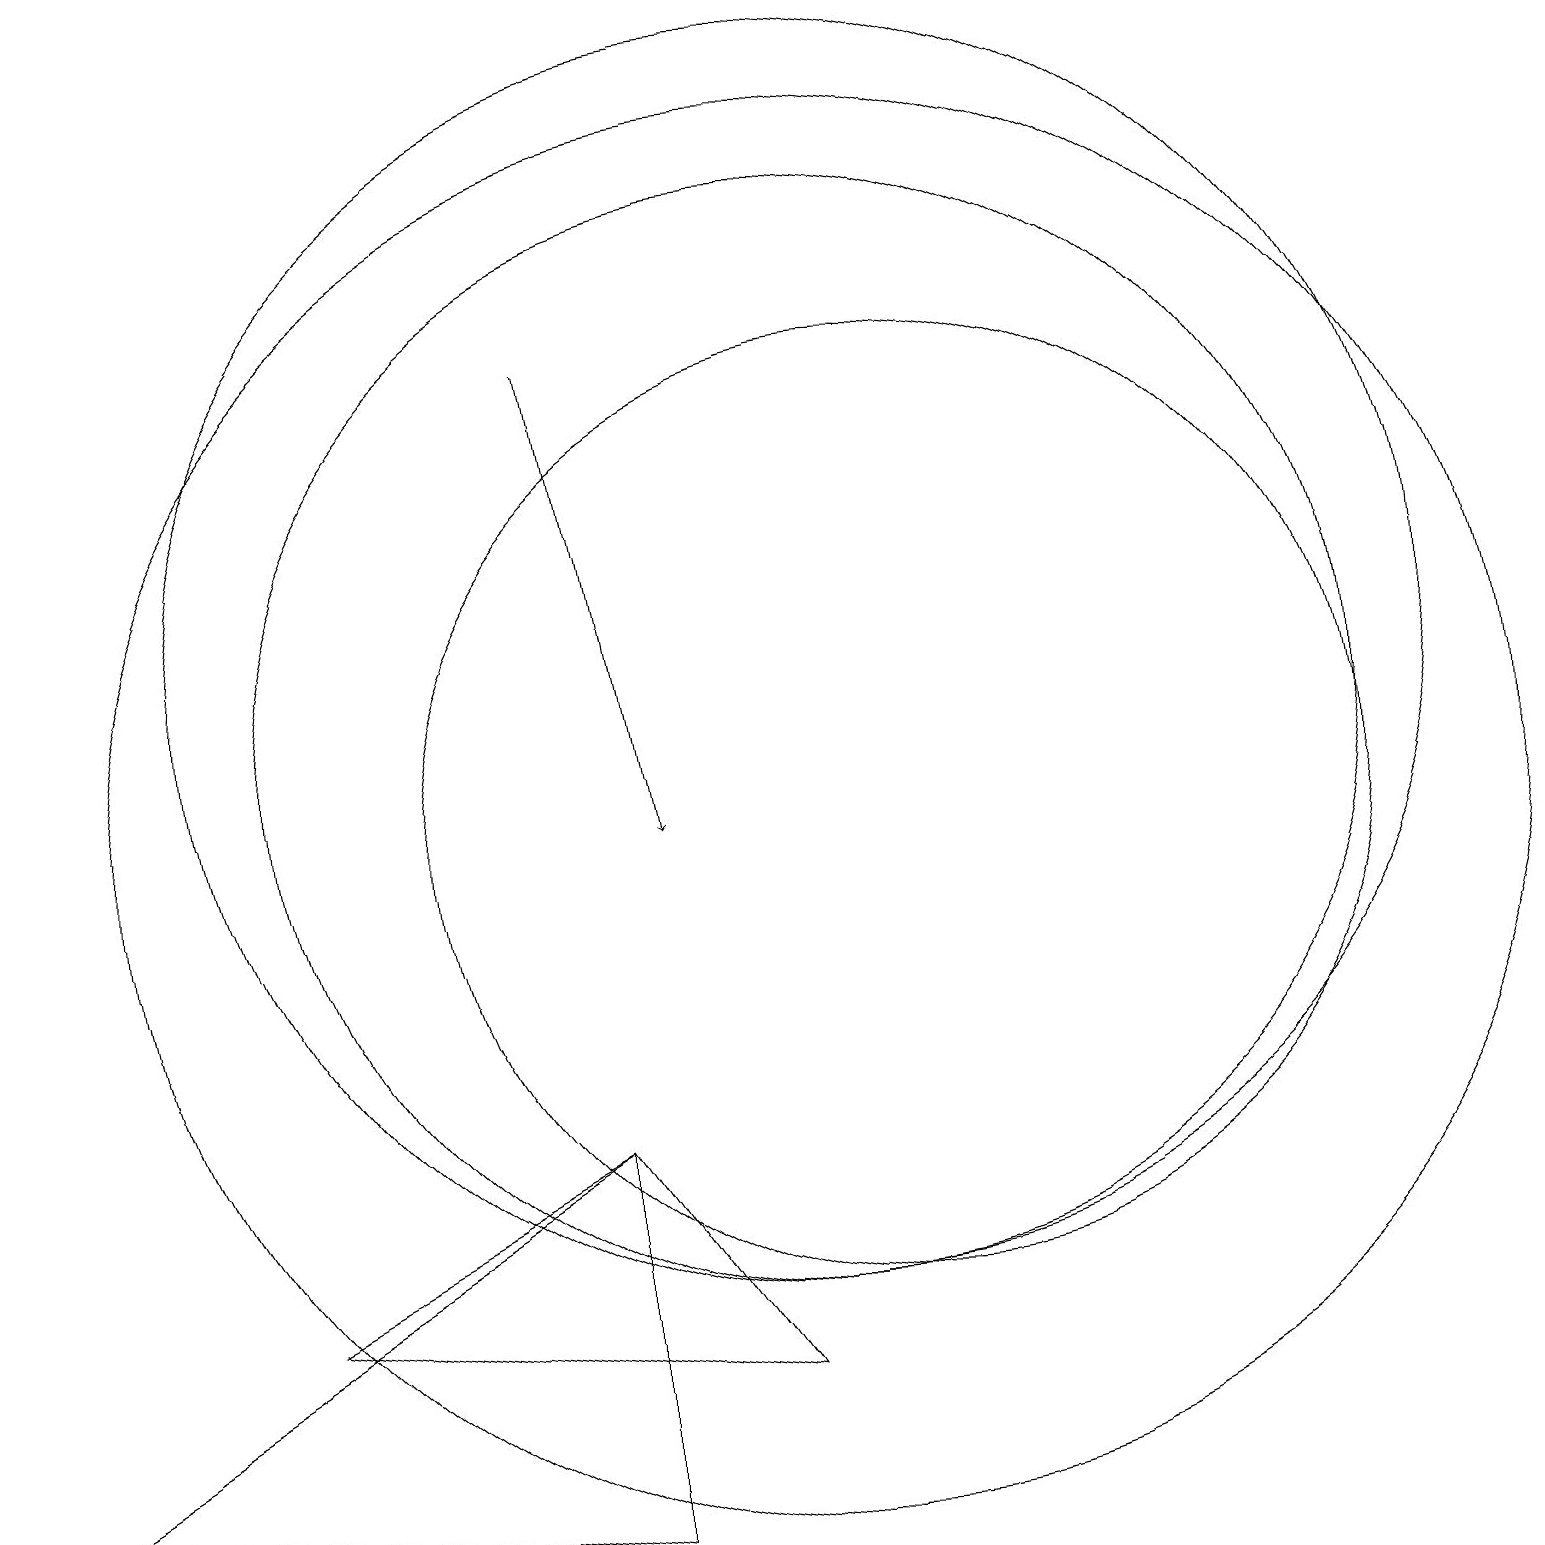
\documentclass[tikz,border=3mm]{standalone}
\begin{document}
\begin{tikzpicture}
\draw (10,12) circle (8);
\draw (11,10) circle (6);
\draw (10,10) circle (9);
\draw[->] (7,16) -- (8,10);
\draw (7,6) -- (7,1) -- (0,2) -- cycle;
\draw (10,11) circle (7);
\draw (9,3) -- (3,4) -- (7,6) -- cycle;
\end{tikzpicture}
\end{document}